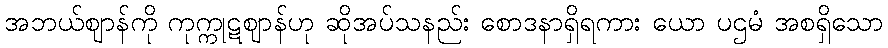
အဘယ်ဈာန်ကို ကုက္ကုဋဈာန်ဟု ဆိုအပ်သနည်း စောဒနာရှိရကား ယော ပဌမံ အစရှိသော